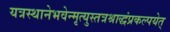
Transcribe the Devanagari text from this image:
यत्रस्थानेभवेन्मृत्युस्तत्रश्राद्धंप्रकल्पयेत्